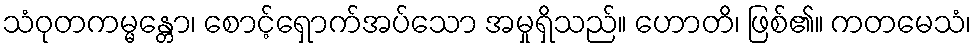
သံဝုတကမ္မန္တော၊ စောင့်ရှောက်အပ်သော အမှုရှိသည်။ ဟောတိ၊ ဖြစ်၏။ ကတမေသံ၊